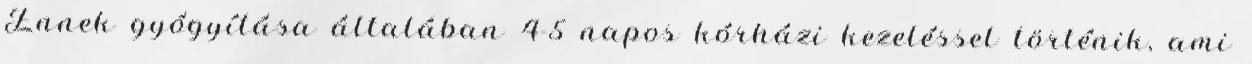
Ennek gyógyítása általában 4-5 napos kórházi kezeléssel történik, ami